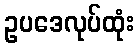
ဥပဒေလုပ်ထုံး